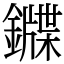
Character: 䥡